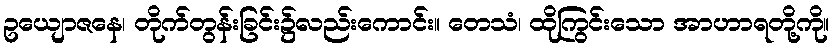
ဥယျောဇနေ၊ တိုက်တွန်းခြင်း၌လည်းကောင်း။ တေသံ၊ ထိုကြွင်းသော အာဟာရတို့ကို။